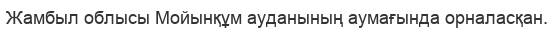
Жамбыл облысы Мойынқұм ауданының аумағында орналасқан.